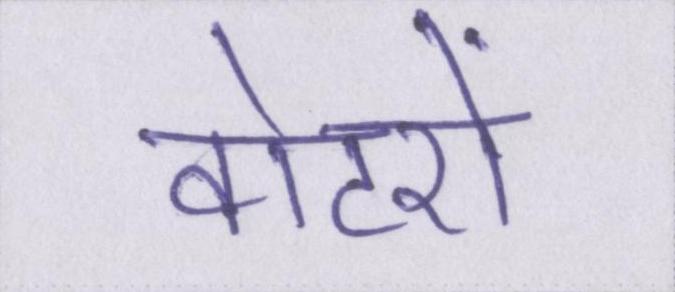
वोटरों